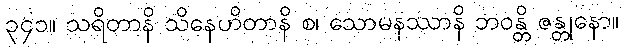
၃၄၁။ သရိတာနိ သိနေဟိတာနိ စ၊ သောမနဿာနိ ဘဝန္တိ ဇန္တုနော။